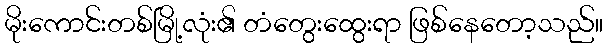
မိုးကောင်းတစ်မြို့လုံး၏ တံတွေးထွေးရာ ဖြစ်နေတော့သည်။